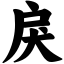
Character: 戾